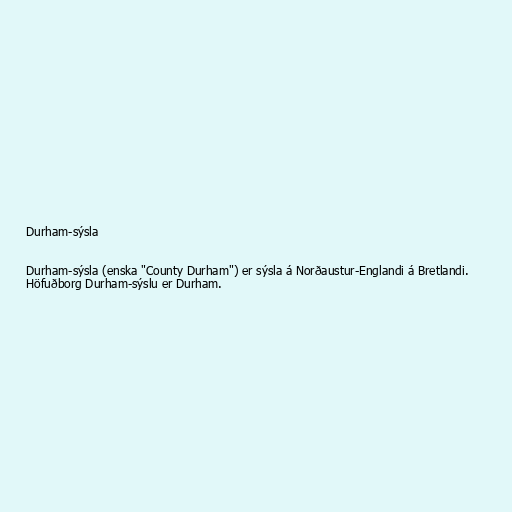
Durham-sýsla

Durham-sýsla (enska "County Durham") er sýsla á Norðaustur-Englandi á Bretlandi.
Höfuðborg Durham-sýslu er Durham.